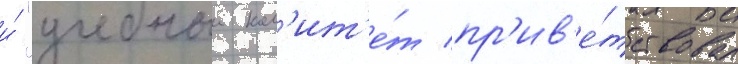
и́ "учебныи ком'ит'е́т пр'ив'е́тствовал